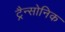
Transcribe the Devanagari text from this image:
ट्रैन्सोनिक